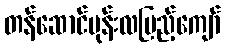
တန်ဆောင်မုန်းလပြည့်ကျော်